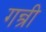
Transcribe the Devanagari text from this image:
गन्त्री